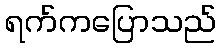
ရက်ကပြောသည်